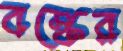
বস্কের